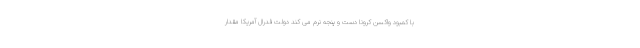
با کمبود واکسن کرونا دست و پنجه نرم می کند دولت فدرال آمریکا مقدار